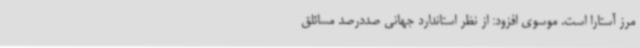
مرز آستارا است. موسوی افزود: از نظر استاندارد جهانی صددرصد مسائلق